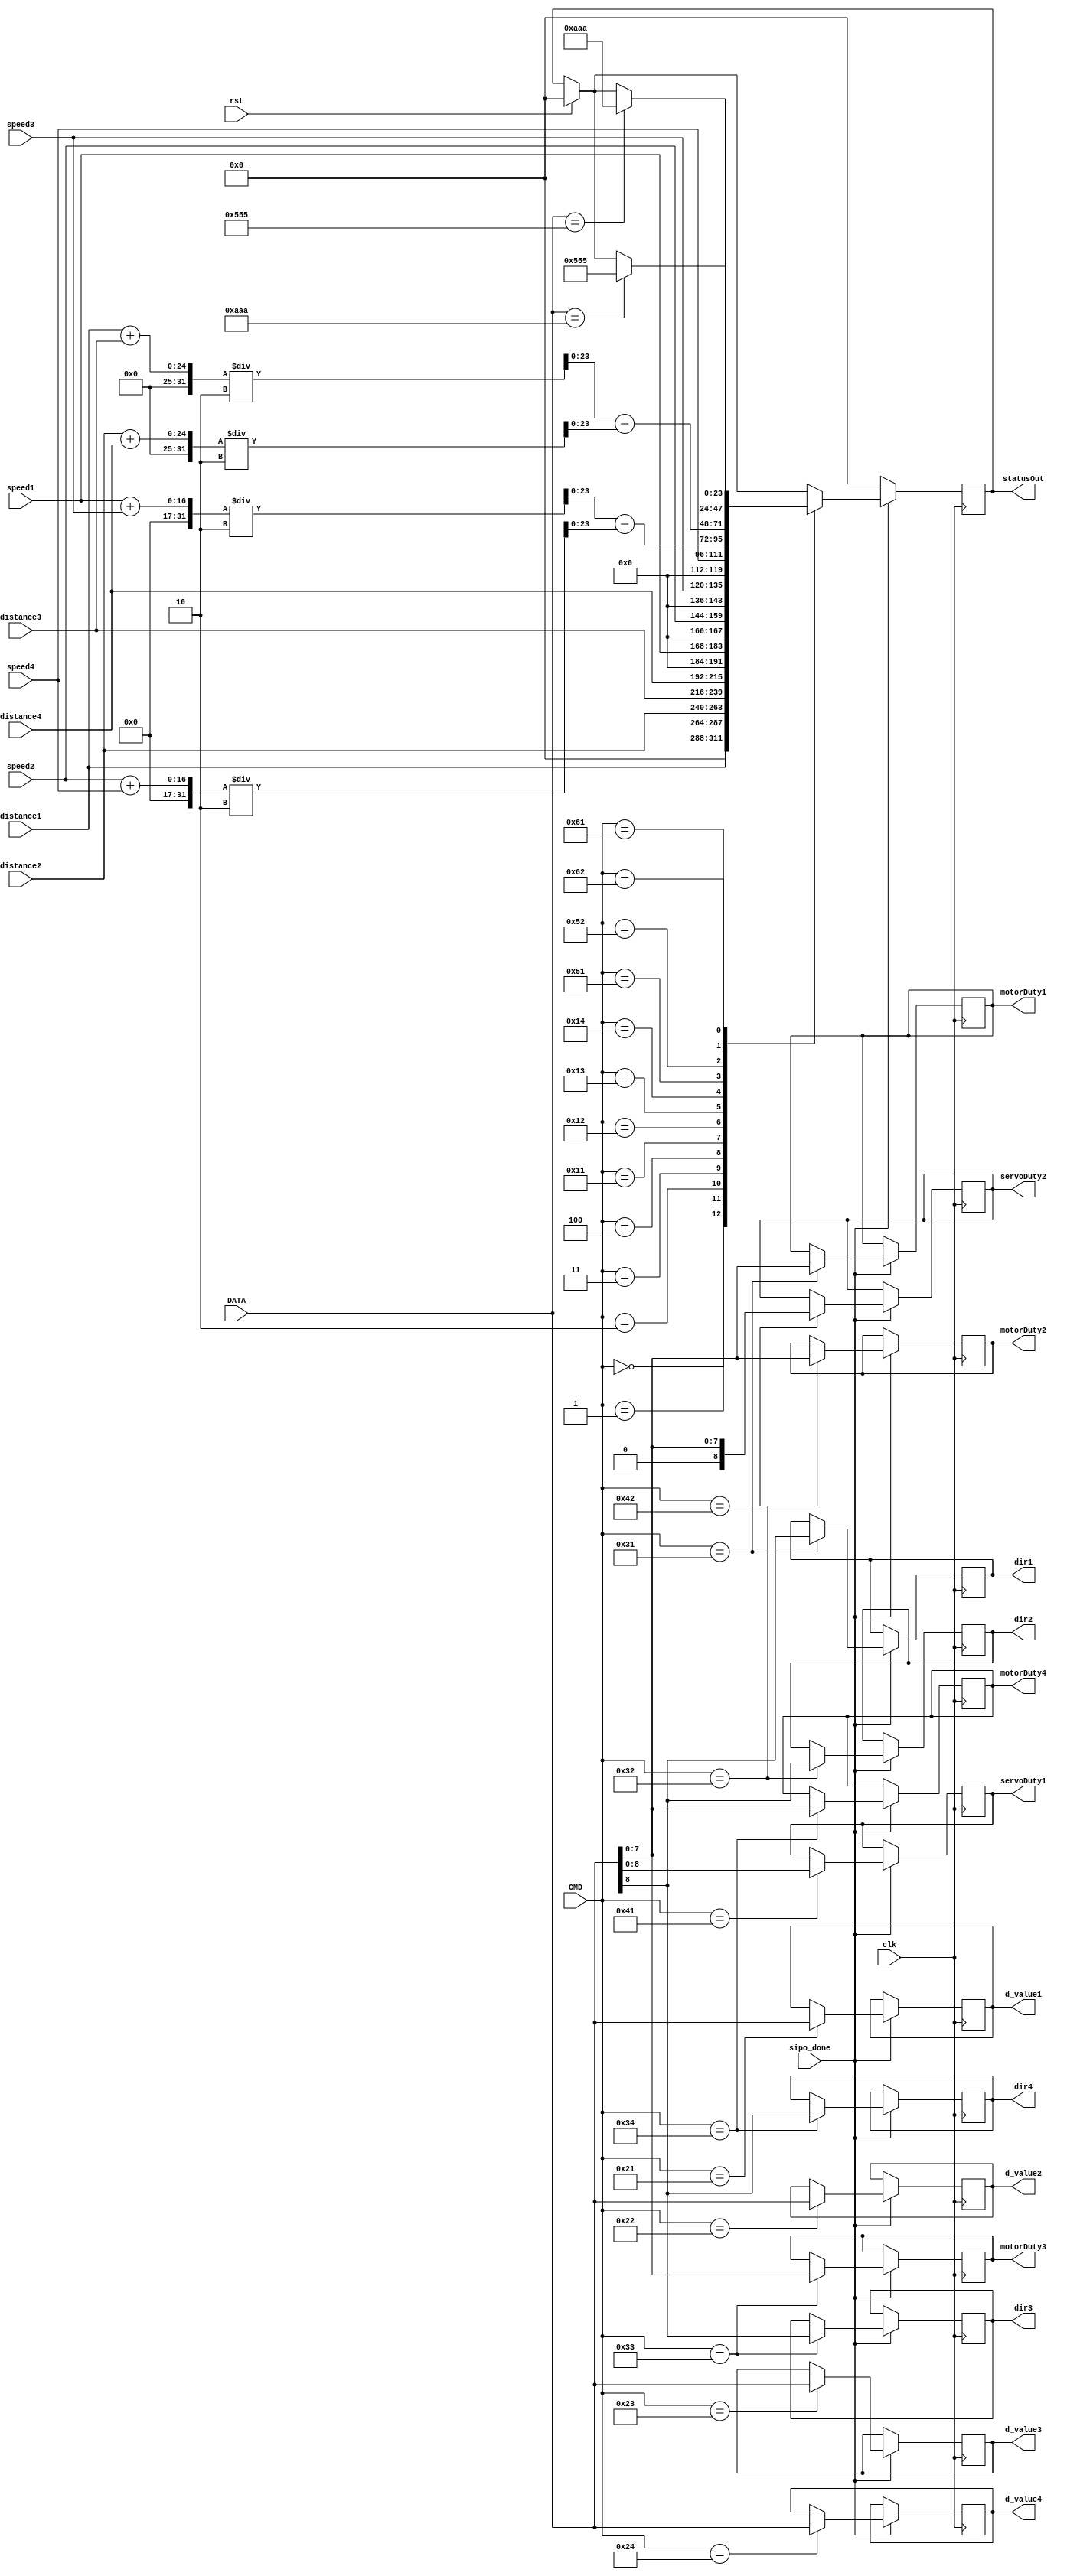
`timescale 1ns / 1ps
//////////////////////////////////////////////////////////////////////////////////
// Company: 
// Engineer: 
// 
// Design Name: 
// Module Name: vehicalProcessor
// Project Name: 
// Target Devices: 
// Tool Versions: 
// Description: 
// 
// Dependencies: 
// 
// Revision:
// Revision 0.01 - File Created
// Additional Comments:
// 
//////////////////////////////////////////////////////////////////////////////////


module vehicalProcessor(clk, rst,statusOut, sipo_done,DATA, CMD, dir1,
dir2,dir3,dir4, motorDuty1,motorDuty2,motorDuty3,motorDuty4, 
servoDuty1,servoDuty2, d_value1,d_value2,d_value3,d_value4, 
speed1,speed2,speed3,speed4, distance1,distance2,distance3,distance4);
input [23:0] DATA;
input sipo_done;
input clk;
input rst;
input [7:0] CMD;
output reg[7:0] motorDuty1;
output reg [7:0] motorDuty2;
output reg [7:0] motorDuty3;
output reg [7:0] motorDuty4;

output reg dir1;
output reg dir2;
output reg dir3;
output reg dir4;

output reg[8:0] servoDuty1  ;
output reg[8:0] servoDuty2  ;

input [15:0] speed1;
input [15:0] speed2;
input [15:0] speed3;
input [15:0] speed4;

input [23:0] distance1;
input [23:0] distance2;
input [23:0] distance3;
input [23:0] distance4;

output reg[23:0] d_value1;
output reg[23:0] d_value2;
output reg[23:0] d_value3;
output reg[23:0] d_value4;

output reg [23:0] statusOut;



always @(posedge clk)
begin
  if(sipo_done)
  begin
    if (rst)
      statusOut = 0;
      
    case(CMD)
    0: 
         statusOut = 0;
    1:
         //get current distance in pulse counts motor 1
         statusOut<= distance1;
    2:
         //get current distance in pulse counts for motor 2
         statusOut <= distance2;
    3:
         //get current distance in pulse counts motor 3
         statusOut <= distance3;
    4:
         //get current distance inpulse counts motor 4
         statusOut <= distance4;
8'h11:
        //get current velocity in counts for motor 1;
        statusOut <= speed1;
8'h12:
        //get current velocity in counts for motor 1;
        statusOut <= speed2;
8'h13:
        //get current velocity in counts for motor 1;
        statusOut <= speed3;
8'h14:
        //get current velocity in counts for motor 1;
        statusOut <= speed4;
8'h21:
        //get current velocity in counts for motor 1;
        d_value1 <= DATA;
8'h22:
        //get current velocity in counts for motor 1;
        d_value2 <= DATA;
8'h23:
        //get current velocity in counts for motor 1;
        d_value3 <= DATA;
8'h24:
        //get current velocity in counts for motor 1;
        d_value4 <= DATA;
8'h31:begin
        //get current velocity in counts for motor 1;
        motorDuty1 <= DATA[7:0];
        dir1 <= DATA[8];
      end 
8'h32:begin
        //get current velocity in counts for motor 1;
        motorDuty2 <= DATA[7:0];
        dir2 <= DATA[8];
      end
8'h33: begin
        //get current velocity in counts for motor 1;
        motorDuty3 <= DATA[7:0];
        dir3 <= DATA[8];
       end 
8'h34:begin
        //get current velocity in counts for motor 1;
        motorDuty4 <= DATA[7:0];
        dir4 <= DATA[8];
        end
8'h41:begin
        //get current velocity in counts for motor 1;
        servoDuty1 <= DATA[8:0];
        end
8'h42:begin
        //get current velocity in counts for motor 1;
        servoDuty2 <= DATA[7:0];
        end
8'h51:begin
        //get current velocity in counts for motor 1;
        statusOut <= (speed1 + speed3)/2 - (speed2+speed4)/2;
        end
8'h52:begin
        //get current velocity in counts for motor 1;
        statusOut <= (distance1 + distance3)/2 - (distance2+distance4)/2;

        end
8'h61:begin
        //get current velocity in counts for motor 1;
        if (DATA == 24'hAAA)
          statusOut <= 24'h555;
          
        end
8'h62:begin
        //get current velocity in counts for motor 1;
         if (DATA == 24'h555)
          statusOut <= 24'hAAA;
          
        end
    endcase
  end
  else
    statusOut <= 0; 
end
endmodule